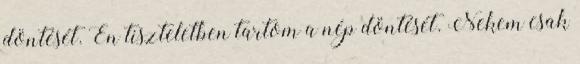
döntését. Én tiszteletben tartom a nép döntését. Nekem csak